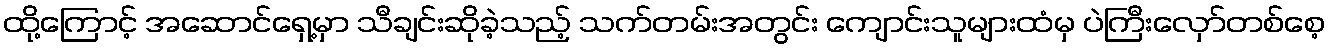
ထို့ကြောင့် အဆောင်ရှေ့မှာ သီချင်းဆိုခဲ့သည့် သက်တမ်းအတွင်း ကျောင်းသူများထံမှ ပဲကြီးလှော်တစ်စေ့